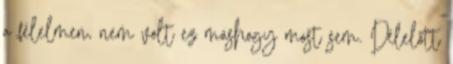
a félelmen, nem volt ez máshogy most sem. Délelőtt